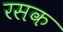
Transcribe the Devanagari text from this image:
रसक